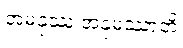
အမနုဿ အနုမဿာတိ